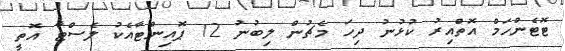
ޓޮޓެންހަމް އޮތްއިރު ކުޅުނު ދިހަ މެޗުން ލިބުނު 12 ޕޮއިންޓާއެކު ލެސްޓާ އޮތީ